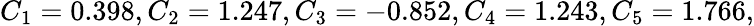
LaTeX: C_{1}=0.398,C_{2}=1.247,C_{3}=-0.852,C_{4}=1.243,C_{5}=1.766,